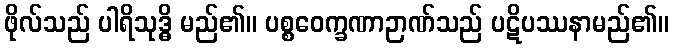
ဖိုလ်သည် ပါရိသုဒ္ဓိ မည်၏။ ပစ္စဝေက္ခဏာဉာဏ်သည် ပဋိပဿနာမည်၏။